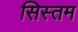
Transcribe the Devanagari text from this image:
सिस्तम